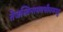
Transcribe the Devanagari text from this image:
तेजस्विनामवधीतमस्तु